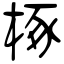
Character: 椓